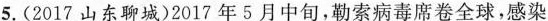
5.(2017山东聊城)2017年5月中旬，勒索病毒席卷全球，感染